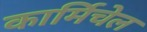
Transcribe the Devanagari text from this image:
कार्मिचेल